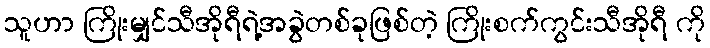
သူဟာ ကြိုးမျှင်သီအိုရီရဲ့အခွဲတစ်ခုဖြစ်တဲ့ ကြိုးစက်ကွင်းသီအိုရီ ကို